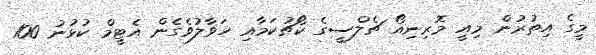
މީގެ އިތުރުން މިއީ މޮރިނިއޯ ޗެލްސީގެ ކޯޗުކަމާއި ހަވާލުވެގެން އެޓީމް ކުޅުނު 100